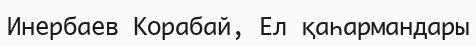
Инербаев Корабай, Ел қаһармандары